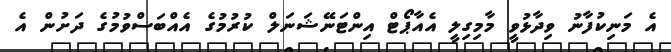
އެ މަނިކުފާނު ވިދާޅުވީ މާމިގިލީ އެއާޕޯޓް އިންޓަނޭޝަނަލް ކުރުމުގެ އެއްބަސްވުމުގެ ދަށުން އެ